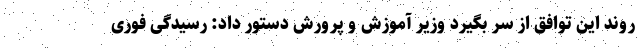
روند این توافق از سر بگیرد وزیر آموزش و پرورش دستور داد: رسیدگی فوری